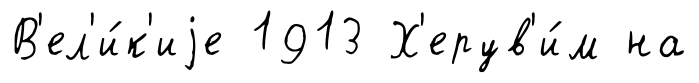
В'ел'и́к'иjе 1913 Х'ерув'и́м на